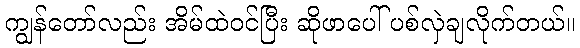
ကျွန်တော်လည်း အိမ်ထဲဝင်ပြီး ဆိုဖာပေါ် ပစ်လှဲချလိုက်တယ်။